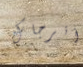
أترجاك